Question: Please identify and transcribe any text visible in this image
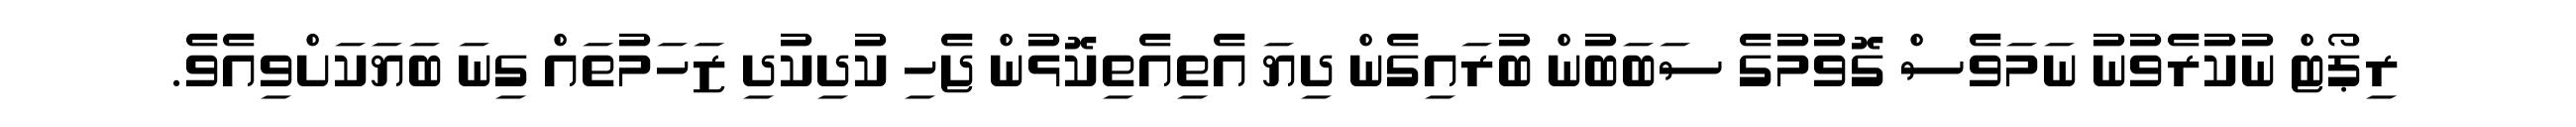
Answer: ރިޕޯޓް ނުކުރެވުނު ނަމަވެސް ގޮވުމުގެ ސަބަބުން ބުރައިގެން ދިޔަ އެތިއެތިކޮޅުން ޖެހި ކުދިކުދި ޒަހަމުތައް ގިނަ ބަޔަކަށްވިއެވެ.